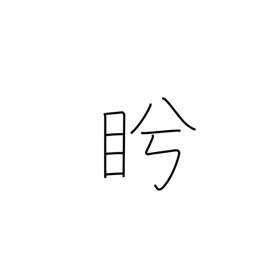
Meaning: glare at